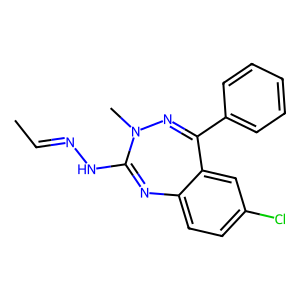
SMILES: CC=NNC1=Nc2ccc(Cl)cc2C(c2ccccc2)=NN1C
Inhibits HIV replication: No